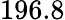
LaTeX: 196.8